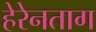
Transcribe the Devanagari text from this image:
हेरेनताग